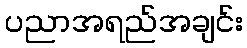
ပညာအရည်အချင်း